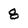
Character: 8